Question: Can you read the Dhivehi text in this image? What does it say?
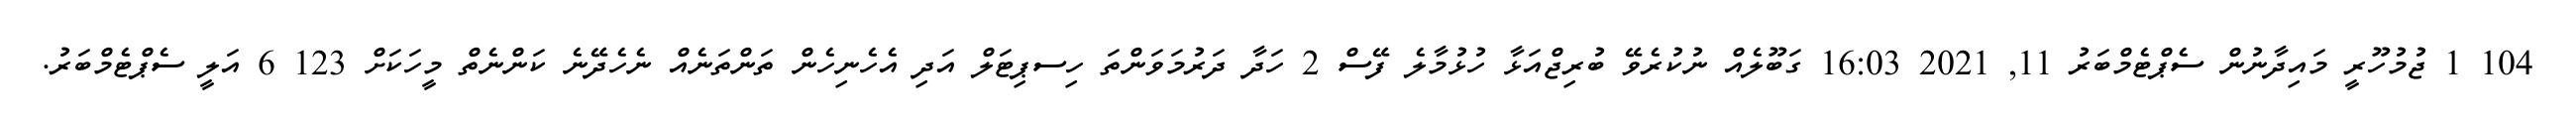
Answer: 104 1 ޖުމުހޫރީ މައިދާނުން ސެޕްޓެމްބަރު 11, 2021 16:03 ގަބޫލެއް ނުކުރެވޭ ބުރިޖްއަޅާ ހުޅުމާލެ ފޭސް 2 ހަދާ ދަރުމަވަންތަ ހިސޕިޓަލް އަދި އެހެނިހެން ތަންތަނެއް ނެހެދޭނެ ކަންނެތް މީހަކަށް 123 6 އަލީ ސެޕްޓެމްބަރު.